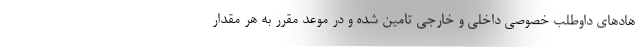
هادهای داوطلب خصوصی داخلی و خارجی تامین شده و در موعد مقرر به هر مقدار